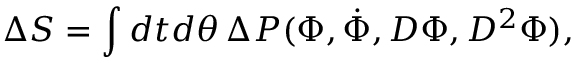
\Delta S = \int d t d \theta \, \Delta { \cal P } ( \Phi , \dot { \Phi } , D \Phi , D ^ { 2 } \Phi ) ,